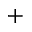
^ { + }